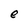
Character: e